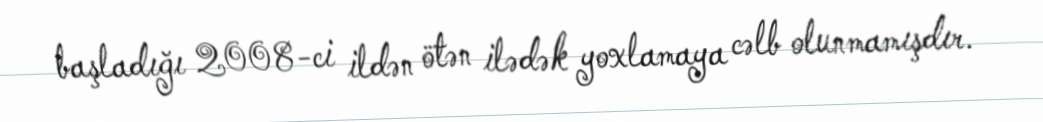
başladığı 2008-ci ildən ötən ilədək yoxlamaya cəlb olunmamışdır.